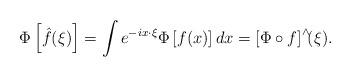
LaTeX: \begin{align*} \Phi \left[ \hat{f}(\xi)\right] = \int e^{-ix \cdot \xi} \Phi\left[ f(x)\right] dx = \left[ \Phi \circ f\right]^\wedge\!\! (\xi). \end{align*}